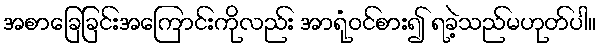
အစာခြေခြင်းအကြောင်းကိုလည်း အာရုံဝင်စား၍ ရခဲ့သည်မဟုတ်ပါ။